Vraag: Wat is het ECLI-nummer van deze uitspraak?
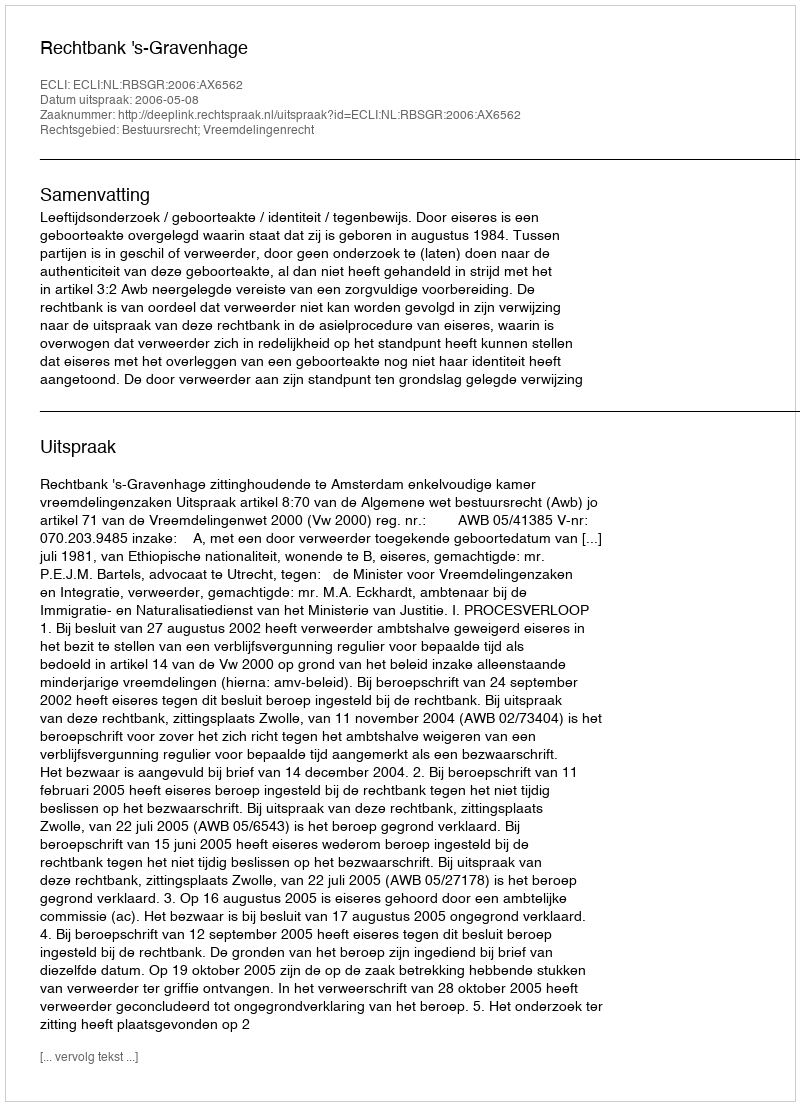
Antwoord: ECLI:NL:RBSGR:2006:AX6562